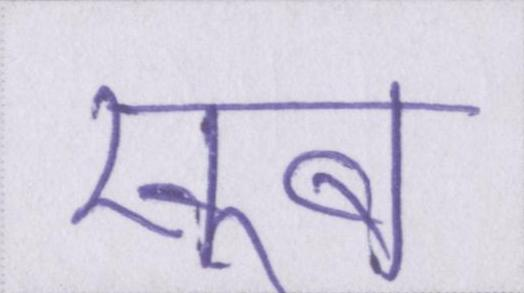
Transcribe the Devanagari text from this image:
खूब